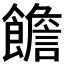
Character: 𩟋